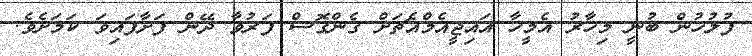
ފުލުހުން ބުނީ މިހާރު އެމީހާ އައިޖީއެމްއެޗަށް ގެންގޮސް ފަރުވާ ދޭން ފަށާފައިވަ ކަމަށެވެ.